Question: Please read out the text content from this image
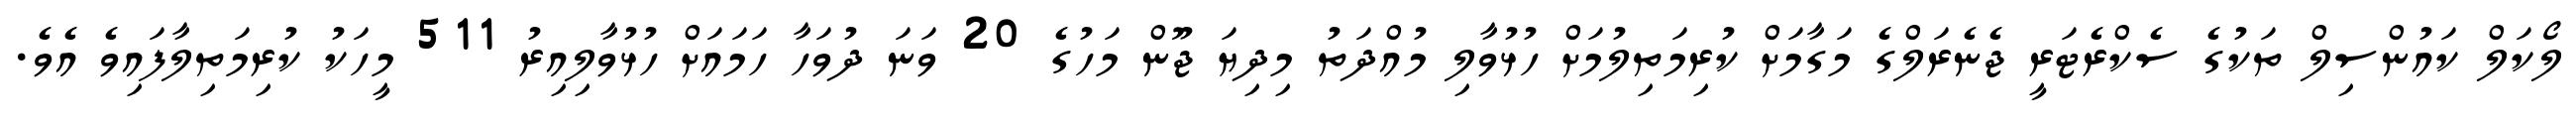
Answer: ލޯކަލް ކައުންސިލް ތަކުގެ ސެކްރެޓަރީ ޖެނެރަލްގެ މަގާމަށް ކުރިމަތިލުމަށް ހުޅުވާލި މުއްދަތު މިދިޔަ ޖޫން މަހުގެ 20 ވަނަ ދުވަހާ ހަމައަށް ހުޅުވާލިއިރު 511 މީހަކު ކުރިމަތިލާފައިވެ އެވެ.